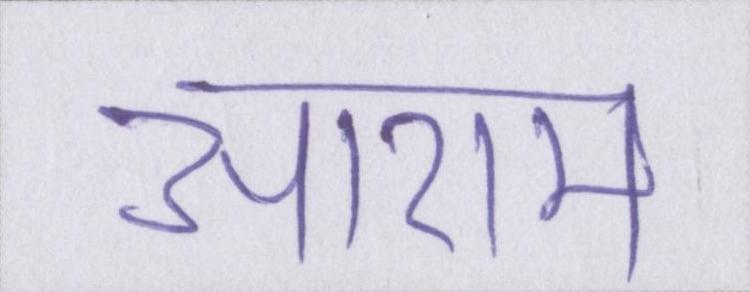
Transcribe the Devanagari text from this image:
आराम